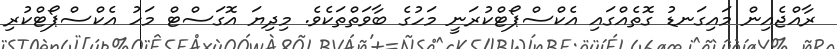
ރާއްޖެއިން މައިގަނޑު ގޮތެއްގައި އެކްސްޕޯޓްކުރަނީ މަހުގެ ބާވަތްތަކެވެ. މިދިޔަ އޮގަސްޓް މަހު އެކްސްޕޯޓްކުރި